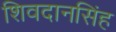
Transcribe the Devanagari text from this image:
शिवदानसिंह